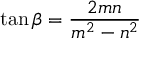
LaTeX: \tan { \beta } = { \frac { 2 m n } { m ^ { 2 } - n ^ { 2 } } }